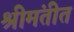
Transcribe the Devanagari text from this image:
श्रीमंतीत